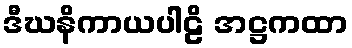
ဒီဃနိကာယပါဠိ အဋ္ဌကထာ